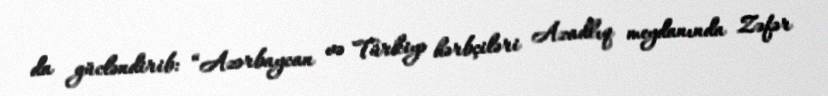
da gücləndirib: “Azərbaycan və Türkiyə hərbçiləri Azadlıq meydanında Zəfər